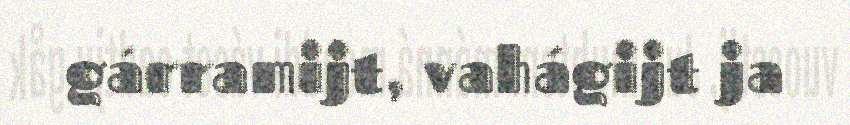
gárramijt, vahágijt ja